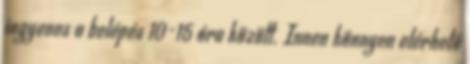
ingyenes a belépés 10-15 óra között. Innen könnyen elérhető